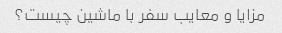
مزایا و معایب سفر با ماشین چیست؟